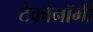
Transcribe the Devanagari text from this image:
टेकोनॉमी